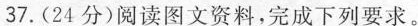
37.(24分)阅读图文资料，完成下列要求。